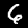
Label: 6